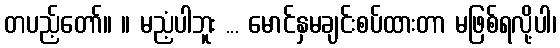
တပည့်တော်။ ။ မညံ့ပါဘူး ... မောင်နှမချင်းစပ်ထားတာ မဖြစ်ရလို့ပါ၊